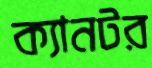
ক্যানটর